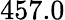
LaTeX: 457.0